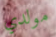
مولدي